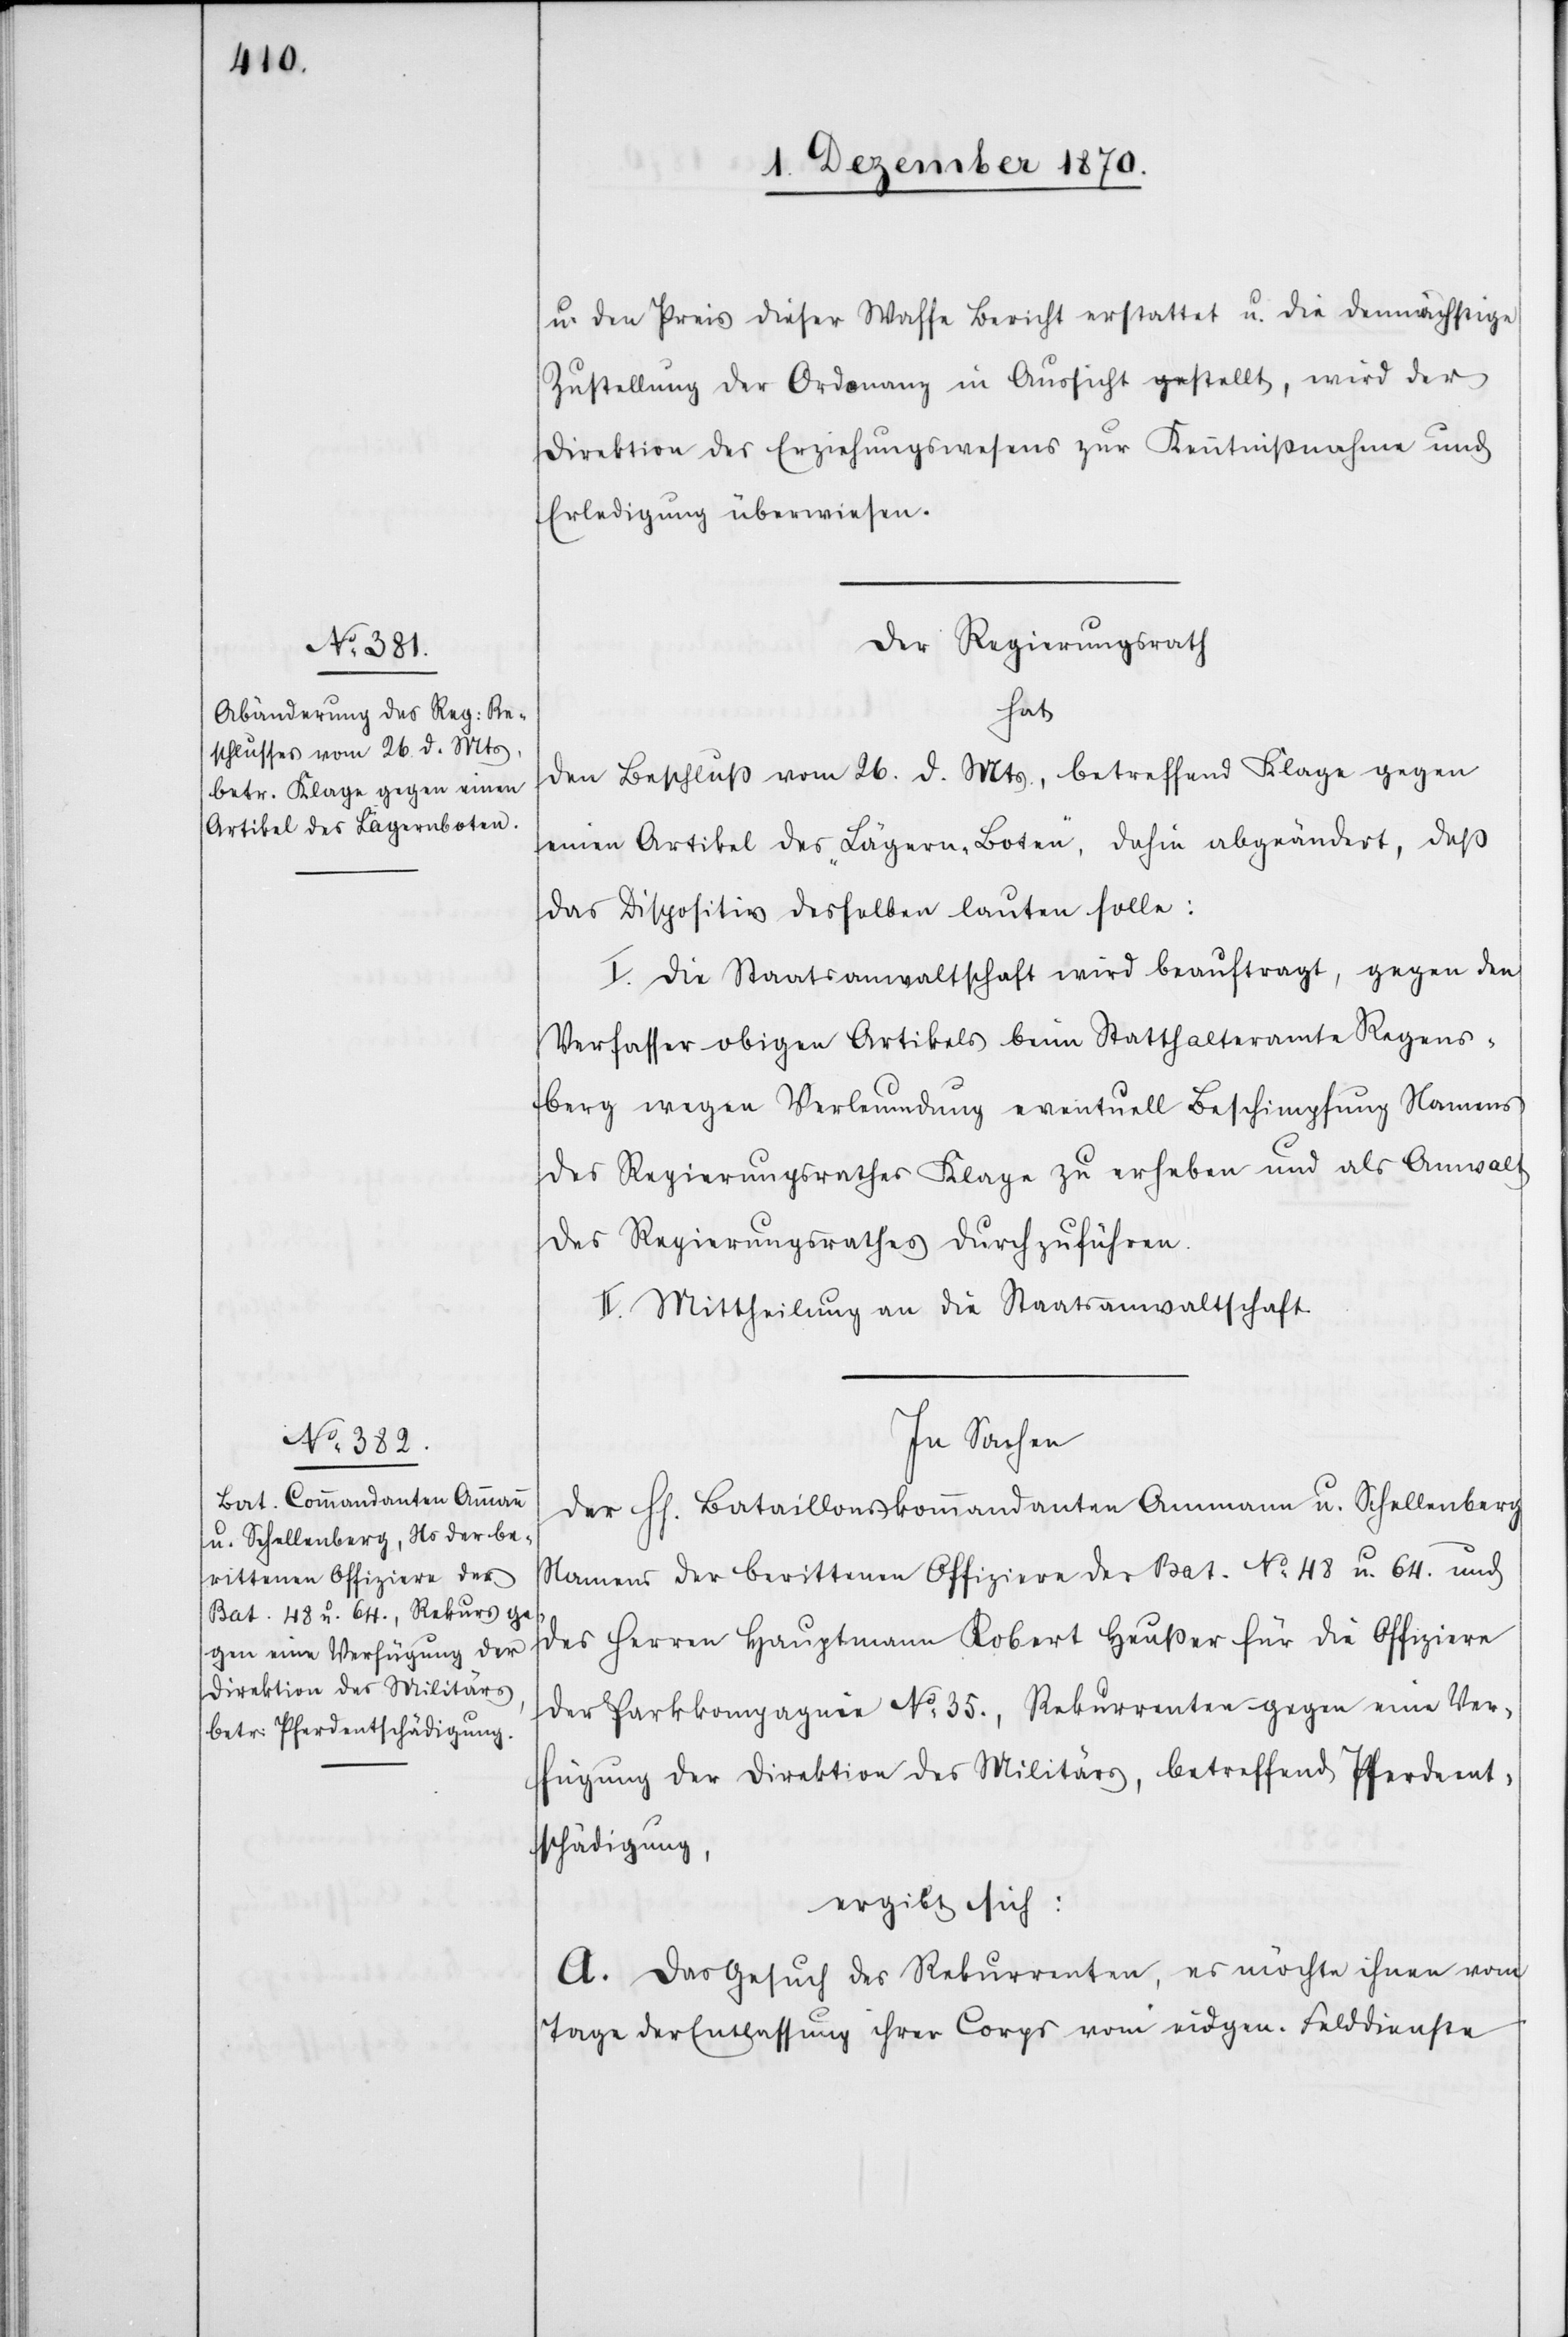
u. den Preis dieser Waffe Bericht erstattet u. die demnächstige
Zustellung der Ordonanz in Aussicht a-ge-astellt, wird der
Direktion des Erziehungswesens zur Kenntnißnahme und
Erledigung überwiesen.
Der Regierungsrath
hat
den Beschluß vom 26. d. Mts., betreffend Klage gegen
einen Artikel des „Lägern-Boten“, dahin abgeändert, daß
das Dispositiv desselben lauten solle:
I. Die Staatsanwaltschaft wird beauftragt, gegen den
Verfasser obigen Artikels beim Statthalteramte Regens¬
berg wegen Verleumdung eventuell Beschimpfung Namens
des Regierungsrathes Klage zu erheben und als Anwalt
des Regierungsrathes durchzuführen.
II. Mittheilung an die Staatsanwaltschaft.
In Sachen
der H[erren] Bataillonskommandanten Ammann u. Schellenberg
Namens der berittenen Offiziere des Bat. No. 48 u. 64. und
des Herren Hauptmann Robert Heußer für die Offiziere
der Parkkompagnie No. 35., Rekurrenten gegen eine Ver¬
fügung der Direktion des Militärs, betreffend Pferdent¬
schädigung,
ergibt sich:
A. Das Gesuch der Rekurrenten, es möchte ihnen vom
Tage der Entlassung ihrer Corps vom eidgen. Felddienste